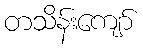
တသိန်းကျော်